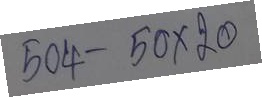
504 - 50 x 20